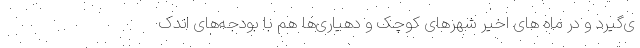
ی‌گیرد و در ماه های اخیر شهرهای کوچک و دهیاری‌ها هم با بودجه‌های اندک